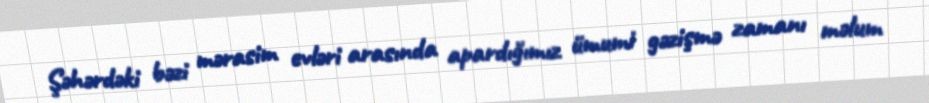
Şəhərdəki bəzi mərasim evləri arasında apardığımız ümumi gəzişmə zamanı məlum